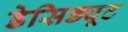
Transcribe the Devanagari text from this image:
डेसिड्यूट